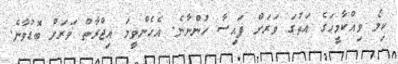
ކިލޯ ވިއްކާމީހަގެ އަތުގަ ވަރަށް ފައިސާ ހުންނާނެ. އެހެންވީމަ އިޖްރާތް ވަރަށް ބޮޑުވާނެ.